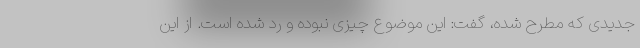
جدیدی که مطرح شده، گفت: این موضوع چیزی نبوده و رد شده است. از این